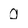
Character: 0